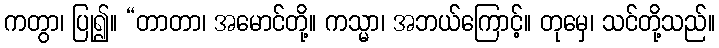
ကတွာ၊ ပြု၍။ “တာတာ၊ အမောင်တို့။ ကသ္မာ၊ အဘယ်ကြောင့်။ တုမှေ၊ သင်တို့သည်။